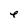
Character: e